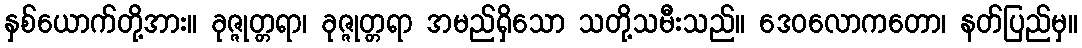
နှစ်ယောက်တို့အား။ ခုဇ္ဇုတ္တရာ၊ ခုဇ္ဇုတ္တရာ အမည်ရှိသော သတို့သမီးသည်။ ဒေဝလောကတော၊ နတ်ပြည်မှ။